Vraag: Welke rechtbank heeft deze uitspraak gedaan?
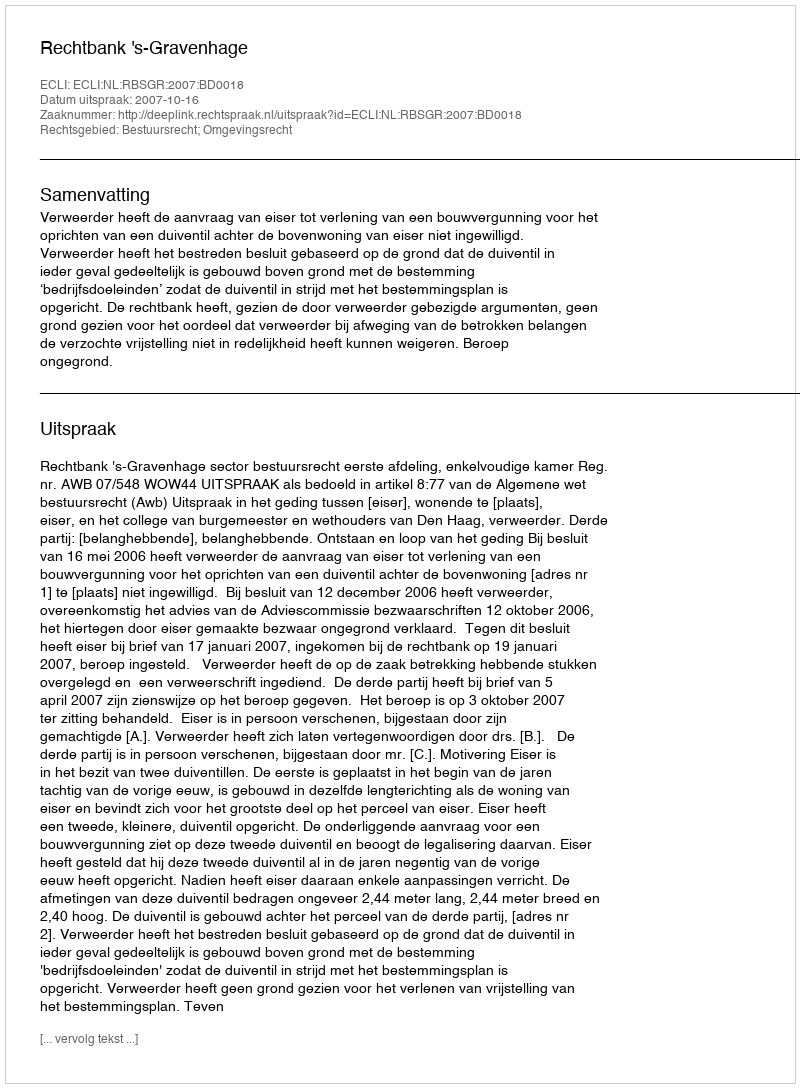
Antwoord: Rechtbank 's-Gravenhage